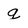
Character: g